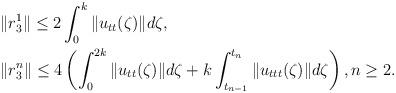
LaTeX: \begin{align*} & \|r_3^{1}\| \leq 2 \int_{0}^{k} \|u_{tt}(\zeta)\|d\zeta, \\ & \|r_3^{n}\| \leq 4 \left( \int_{0}^{2k} \|u_{tt}(\zeta)\|d\zeta + k\int_{t_{n-1}}^{t_{n}} \|u_{ttt}(\zeta)\|d\zeta \right), n\geq 2. \end{align*}